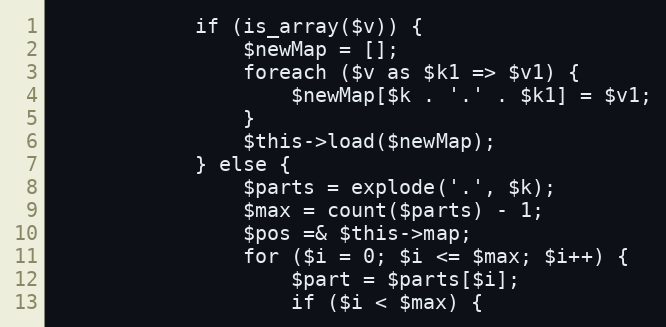
Language: PHP
            if (is_array($v)) {
                $newMap = [];
                foreach ($v as $k1 => $v1) {
                    $newMap[$k . '.' . $k1] = $v1;
                }
                $this->load($newMap);
            } else {
                $parts = explode('.', $k);
                $max = count($parts) - 1;
                $pos =& $this->map;
                for ($i = 0; $i <= $max; $i++) {
                    $part = $parts[$i];
                    if ($i < $max) {